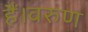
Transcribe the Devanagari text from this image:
हैं।वरुण